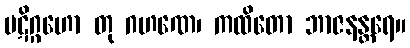
ပဋိဂ္ဂဟော တု ဂဟဏေ၊ ကထိတော ဘာဇနန္တရေ။